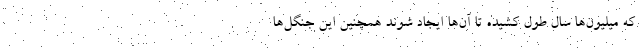
که میلیون‌ها سال طول کشیده تا آن‌ها ایجاد شوند همچنین این جنگل‌ها